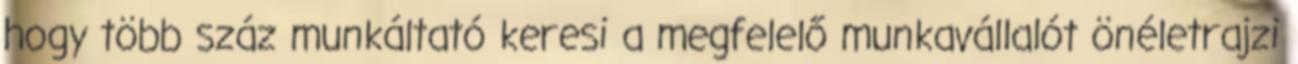
hogy több száz munkáltató keresi a megfelelő munkavállalót önéletrajzi